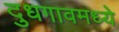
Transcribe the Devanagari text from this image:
दुधगावमध्ये